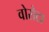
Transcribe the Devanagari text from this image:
वोरोटा